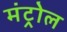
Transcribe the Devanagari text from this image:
मंट्रोल